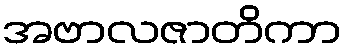
အဗာလဇာတိကာ